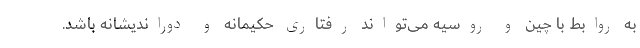
به روابط با چین و روسیه می‌تواند رفتاری حکیمانه و دور‌اندیشانه باشد.